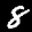
Label: 8